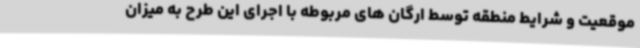
موقعیت و شرایط منطقه توسط ارگان های مربوطه با اجرای این طرح به میزان